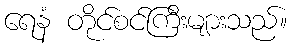
ရေနံ တိုင်စင်ကြီးများသည်။